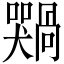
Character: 𫬢